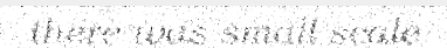
there was small scale